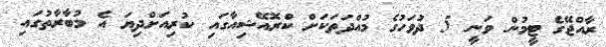
ރާއްޖޭގެ ޓީމުން ވަނީ 5 ދުވަހުގެ މުއްދަތަކަށް ކްރޮއޭޝިއާގައި ކުރިއަށްދިޔަ އެ މުބާރާތުގައި